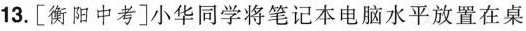
13.[衡阳中考]小华同学将笔记本电脑水平放置在桌